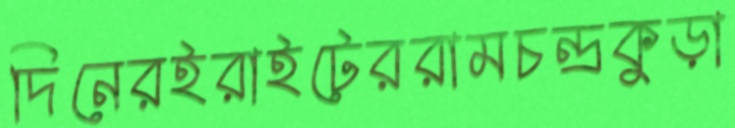
দিনেরইরাইটেররামচন্দ্রকুড়া